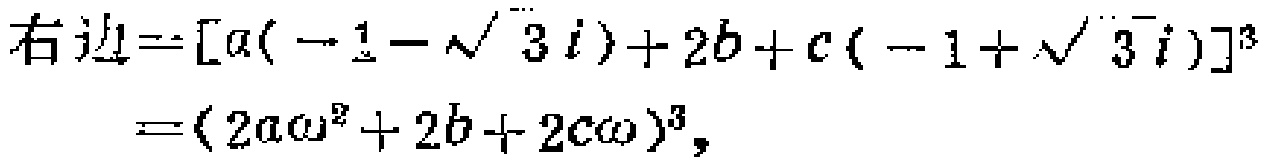
\[
\begin{align*}
右边&=[a(-1 - \sqrt{3}i)+2b + c(-1+\sqrt{3}i)]^{3}\\
&=(2a\omega^{2}+2b + 2c\omega)^{3},
\end{align*}
\]